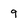
Character: 9